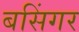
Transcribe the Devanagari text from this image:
बसिंगर